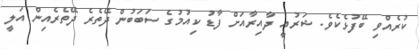
ކުރެއްވި ބޭފުޅެކެވެ. ޝަރުއީ ދާއިރާއަށް ފާޑު ކިއުމުގެ ސަބަބުން ދޭތެރެ ދޭތެރެއިން އަލީ